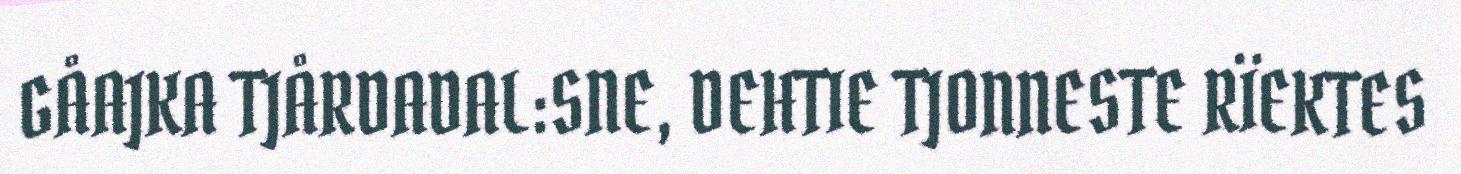
GÅAJKA TJÅRDADAL:SNE, DEHTIE TJONNESTE RÏEKTES